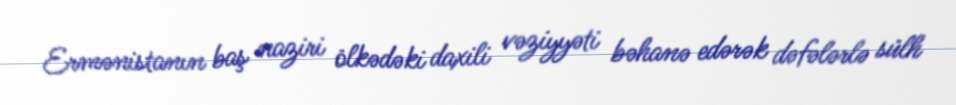
Ermənistanın baş naziri ölkədəki daxili vəziyyəti bəhanə edərək dəfələrlə sülh